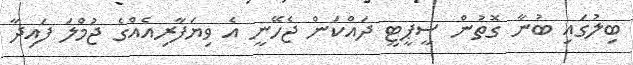
ބިލުގައި ބުނާ ގޮތުން ސީޕީޓީ ދައްކަން ޖެހޭނީ އެ ވިޔަފާރިއެއްގެ ޖުމްލަ ފައިދާ